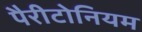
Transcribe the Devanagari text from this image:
पैरीटोनियम